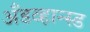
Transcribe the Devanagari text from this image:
अँडव्हान्स्ड